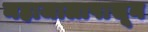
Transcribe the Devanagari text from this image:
महाजालापासून